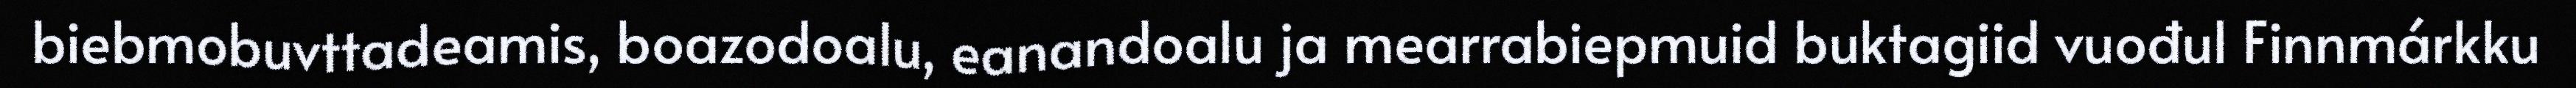
biebmobuvttadeamis, boazodoalu, eanandoalu ja mearrabiepmuid buktagiid vuođul Finnmárkku